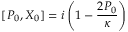
[ P _ { 0 } , X _ { 0 } ] = i \left( 1 - \frac { 2 P _ { 0 } } \kappa \right)